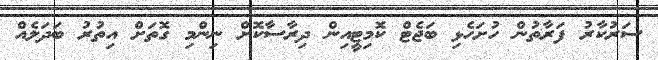
ސަރުކާރު ފަރާތުން ހުށަހެޅި ބަޖެޓް ކޮމިޓީއިން ދިރާސާކޮށް ނިންމި ގޮތަށް އިތުރު ބަދަލެއް